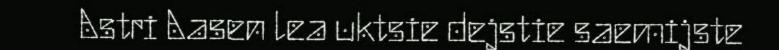
Astri Aasen lea uktsie dejstie saemijste